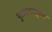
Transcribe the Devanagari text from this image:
पुराकथात्मक